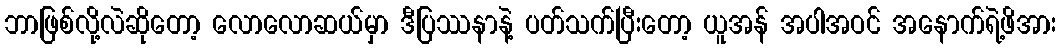
ဘာဖြစ်လို့လဲဆိုတော့ လောလောဆယ်မှာ ဒီပြဿနာနဲ့ ပတ်သက်ပြီးတော့ ယူအန် အပါအဝင် အနောက်ရဲ့ဖိအား